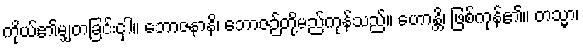
ကိုယ်၏မျှတခြင်းငှါ။ ဘောဇနာနိ၊ ဘောဇဉ်တို့မည်ကုန်သည်။ ဟောန္တိ၊ ဖြစ်ကုန်၏။ တသ္မာ၊